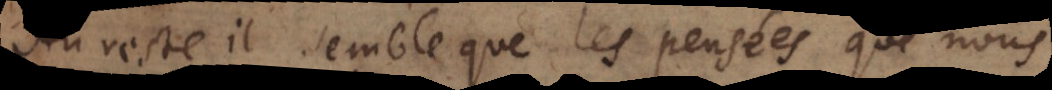
Au reste il semble que les pensées que nous